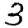
Digit: 3